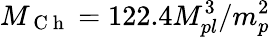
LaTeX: M_{\mathrm{~C~h~}}=122.4M_{pl}^{3}/m_{p}^{2}